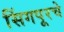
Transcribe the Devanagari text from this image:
सिंगपूरचे